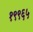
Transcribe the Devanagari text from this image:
१९९६५